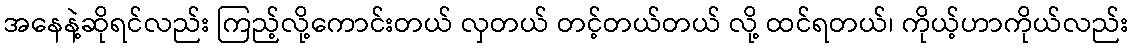
အနေနဲ့ဆိုရင်လည်း ကြည့်လို့ကောင်းတယ် လှတယ် တင့်တယ်တယ် လို့ ထင်ရတယ်၊ ကိုယ့်ဟာကိုယ်လည်း